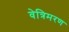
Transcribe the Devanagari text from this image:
वेत्रिमरण